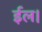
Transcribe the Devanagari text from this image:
ईल।